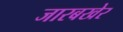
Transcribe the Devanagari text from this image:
जारबखेर